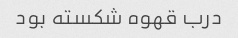
درب قهوه شکسته بود